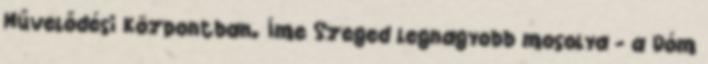
Művelődési Központban. Íme Szeged legnagyobb mosolya - a Dóm